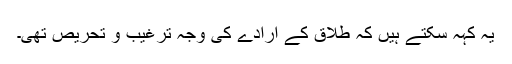
یہ کہہ سکتے ہیں کہ طلاق کے ارادے کی وجہ ترغیب و تحریص تھی۔